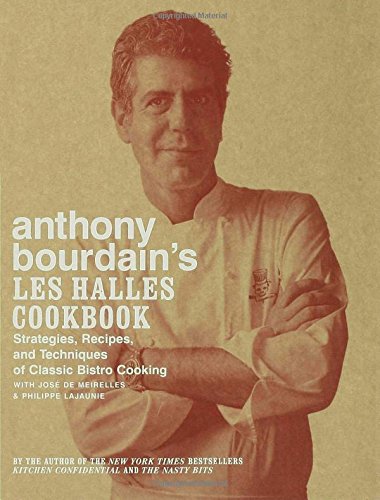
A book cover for Anthony Bourdain's Les Halles Cookbook: Strategies, Recipes, and Techniques of Classic Bistro Cooking; Anthony Bourdain; Science & Math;